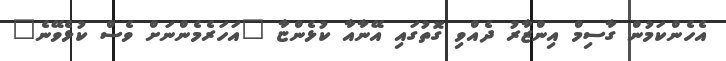
އެހެންކަމުން ގާސިމް އިންޒާރު ދެއްވި ގޮތުގައި އޭނާއާ ކުޅެންޏާ "އަހަރެމެންނަށް ވެސް ކުޅެވޭނެ"